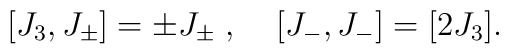
[J_3,J_{\pm}]=\pm J_{\pm}\;,\;\;\;\;[J_-,J_-]=[2J_3].